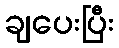
ချပေးပြီး